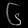
Digit: ၆